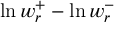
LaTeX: \ln w _ { r } ^ { + } - \ln w _ { r } ^ { - }